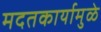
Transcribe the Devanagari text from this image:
मदतकार्यामुळे